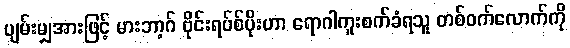
ပျမ်းမျှအားဖြင့် မားဘာ့ဂ် ဗိုင်းရပ်စ်ပိုးဟာ ရောဂါကူးစက်ခံရသူ တစ်ဝက်လောက်ကို